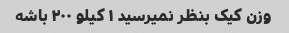
وزن کیک بنظر نمیرسید ۱ کیلو ۲۰۰ باشه